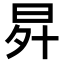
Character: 𭥧